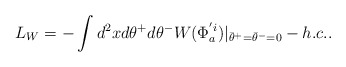
\begin{align*}L_W=-\int d^2 x d \theta^+ d \theta^-W(\Phi_a^{'i}) |_{{\bar \theta}^+={\bar \theta}^-=0}-h.c..\end{align*}